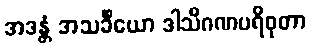
အဒန္တံ အသင်္ခိယော ဒါသိဂဏပရိဝုတာ